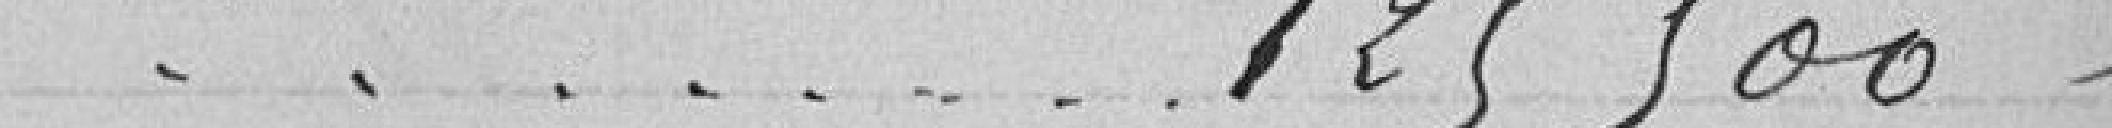
125500